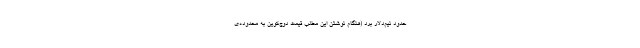
حدود نیم‌دلار برد (هنگام نوشتن این مطلب قیمت دوج‌کوین به محدوده‌ی